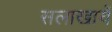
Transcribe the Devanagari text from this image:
सलाखायें